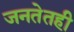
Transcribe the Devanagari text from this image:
जनतेतही